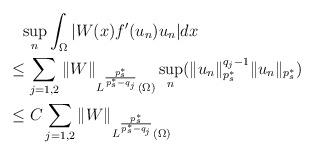
LaTeX: \begin{align*}&\phantom{=}\sup_n\int_{\Omega}|W(x)f'(u_n)u_n|dx \\&\leq \sum_{j=1,2}\|W\|_{L^{\frac{p_s^*}{p_s^*-q_j}}(\Omega)}\sup_n(\|u_n\|_{p_s^*}^{q_j-1}\|u_n\|_{p_s^*}) \\&\leq C\sum_{j=1,2}\|W\|_{L^{\frac{p_s^*}{p_s^*-q_j}}(\Omega)}\end{align*}